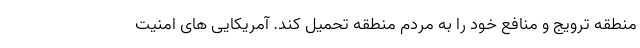
منطقه ترویج و منافع خود را به مردم منطقه تحمیل کند. آمریکایی های امنیت